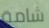
شامة